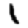
Digit: 1